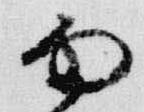
雨